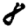
Digit: 8